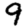
Digit: 9